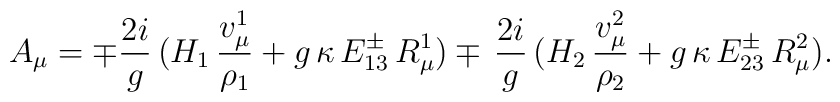
A_\mu=\mp{2i\over g}\,(H_1\,{v_\mu^1\over\rho_1}+g\,\kappa\,E_{13}^\pm\,R^1_\mu)\mp\,{2i\over g}\,(H_2\,{v_\mu^2\over\rho_2}+g\,\kappa\,E_{23}^\pm\,R^2_\mu).